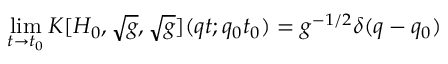
\operatorname * { l i m } _ { t \rightarrow t _ { 0 } } { \cal K } [ H _ { 0 } , \sqrt { g } , \sqrt { g } ] ( q t ; q _ { 0 } t _ { 0 } ) = g ^ { - 1 / 2 } \delta ( q - q _ { 0 } )